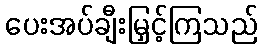
ပေးအပ်ချီးမြှင့်ကြသည်